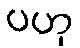
ပဟု